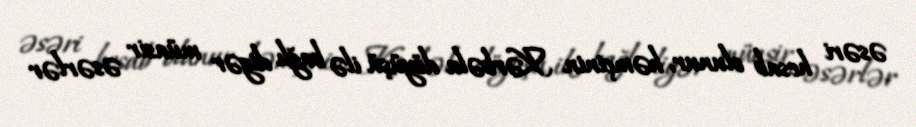
əsəri hesab olunur, həmçinin Kərbəla döyüşü ilə bağlı digər müasir əsərlər